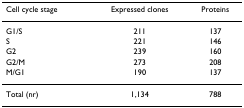
<table><thead><tr><td><b>Cell cycle stage</b></td><td><b>Expressed clones</b></td><td><b>Proteins</b></td></tr></thead><tbody><tr><td>G1/S</td><td>211</td><td>137</td></tr><tr><td>S</td><td>221</td><td>146</td></tr><tr><td>G2</td><td>239</td><td>160</td></tr><tr><td>G2/M</td><td>273</td><td>208</td></tr><tr><td>M/G1</td><td>190</td><td>137</td></tr><tr><td>Total (nr)</td><td>1,134</td><td>788</td></tr></tbody></table>